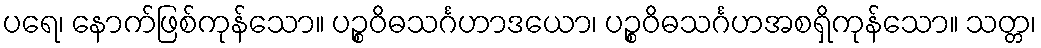
ပရေ၊ နောက်ဖြစ်ကုန်သော။ ပဉ္စဝိဓသင်္ဂဟာဒယော၊ ပဉ္စဝိဓသင်္ဂဟအစရှိကုန်သော။ သတ္တ၊